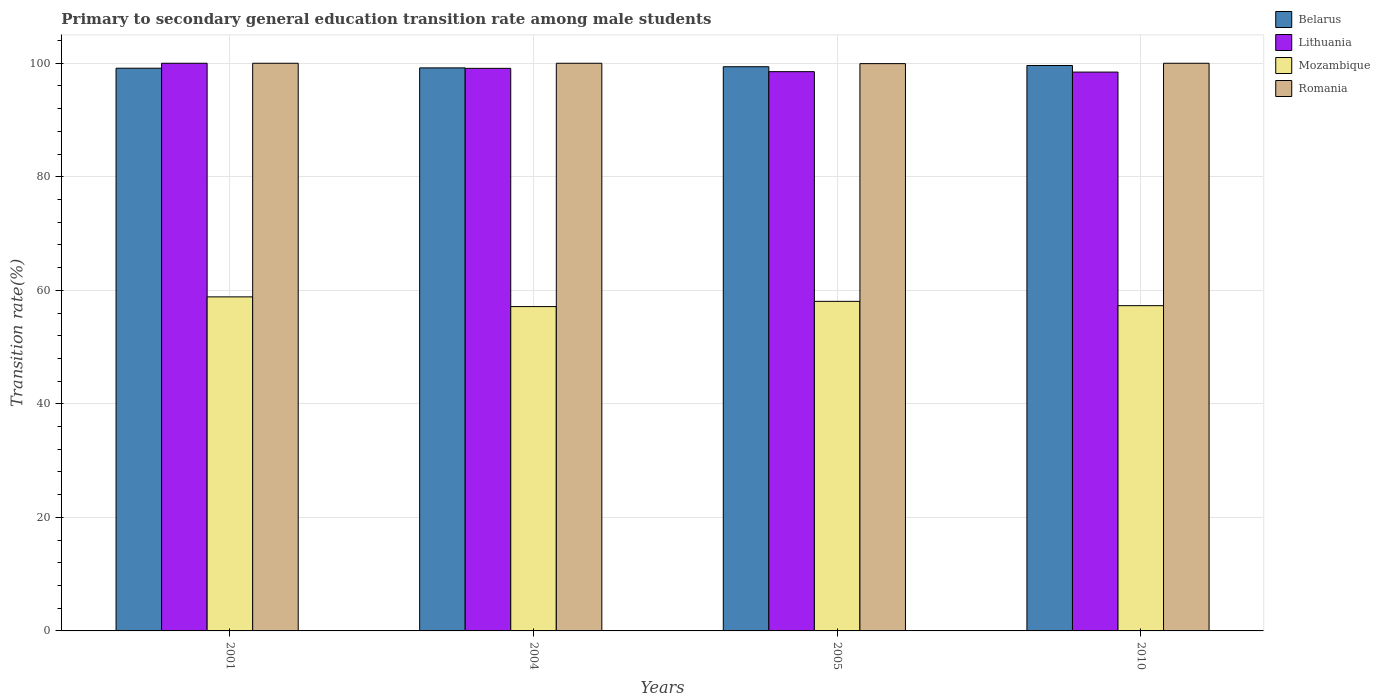
| Years | Belarus | Lithuania | Mozambique | Romania |
 | --- | --- | --- | --- | --- |
 | 2001 | 99.1 | 100 | 58.8 | 100 |
 | 2004 | 99.2 | 99.1 | 57.1 | 100 |
 | 2005 | 99.4 | 98.5 | 58.1 | 99.9 |
 | 2010 | 99.6 | 98.4 | 57.3 | 100 |